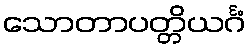
သောတာပတ္တိယင်္ဂံ